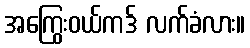
အကြွေးဝယ်ကဒ် လက်ခံလား။